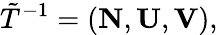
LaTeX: {\tilde{T}}^{-1}=({\mathbf N},{\mathbf U},{\mathbf V}),